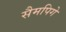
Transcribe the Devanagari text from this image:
सैमपिगे